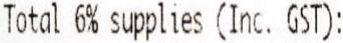
TOTAL 6% SUPPLIES (INC. GST):